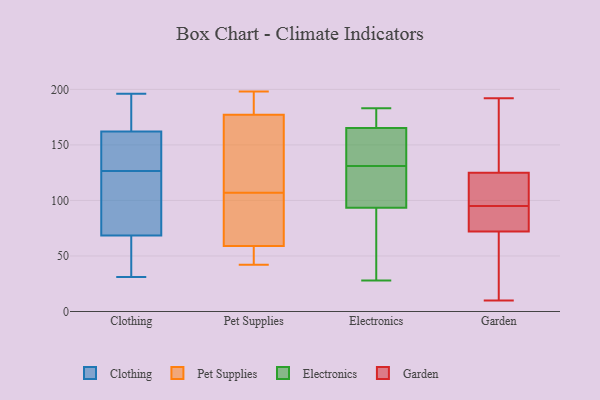
{"axis": {"x": "Market Share (%)", "y": "Value"}, "legend": ["Clothing", "Electronics", "Garden", "Pet Supplies"], "data": [{"x": "", "y": 87, "type": "Clothing"}, {"x": "", "y": 124, "type": "Clothing"}, {"x": "", "y": 135, "type": "Clothing"}, {"x": "", "y": 129, "type": "Clothing"}, {"x": "", "y": 48, "type": "Clothing"}, {"x": "", "y": 185, "type": "Clothing"}, {"x": "", "y": 162, "type": "Clothing"}, {"x": "", "y": 50, "type": "Clothing"}, {"x": "", "y": 31, "type": "Clothing"}, {"x": "", "y": 196, "type": "Clothing"}, {"x": "", "y": 99, "type": "Clothing"}, {"x": "", "y": 162, "type": "Clothing"}, {"x": "", "y": 118, "type": "Pet Supplies"}, {"x": "", "y": 107, "type": "Pet Supplies"}, {"x": "", "y": 198, "type": "Pet Supplies"}, {"x": "", "y": 85, "type": "Pet Supplies"}, {"x": "", "y": 80, "type": "Pet Supplies"}, {"x": "", "y": 47, "type": "Pet Supplies"}, {"x": "", "y": 185, "type": "Pet Supplies"}, {"x": "", "y": 196, "type": "Pet Supplies"}, {"x": "", "y": 154, "type": "Pet Supplies"}, {"x": "", "y": 71, "type": "Pet Supplies"}, {"x": "", "y": 55, "type": "Pet Supplies"}, {"x": "", "y": 184, "type": "Pet Supplies"}, {"x": "", "y": 54, "type": "Pet Supplies"}, {"x": "", "y": 172, "type": "Pet Supplies"}, {"x": "", "y": 42, "type": "Pet Supplies"}, {"x": "", "y": 50, "type": "Pet Supplies"}, {"x": "", "y": 119, "type": "Pet Supplies"}, {"x": "", "y": 179, "type": "Pet Supplies"}, {"x": "", "y": 105, "type": "Pet Supplies"}, {"x": "", "y": 143, "type": "Electronics"}, {"x": "", "y": 176, "type": "Electronics"}, {"x": "", "y": 175, "type": "Electronics"}, {"x": "", "y": 183, "type": "Electronics"}, {"x": "", "y": 155, "type": "Electronics"}, {"x": "", "y": 29, "type": "Electronics"}, {"x": "", "y": 74, "type": "Electronics"}, {"x": "", "y": 159, "type": "Electronics"}, {"x": "", "y": 116, "type": "Electronics"}, {"x": "", "y": 125, "type": "Electronics"}, {"x": "", "y": 162, "type": "Electronics"}, {"x": "", "y": 28, "type": "Electronics"}, {"x": "", "y": 100, "type": "Electronics"}, {"x": "", "y": 71, "type": "Electronics"}, {"x": "", "y": 131, "type": "Electronics"}, {"x": "", "y": 116, "type": "Electronics"}, {"x": "", "y": 175, "type": "Electronics"}, {"x": "", "y": 79, "type": "Garden"}, {"x": "", "y": 14, "type": "Garden"}, {"x": "", "y": 154, "type": "Garden"}, {"x": "", "y": 142, "type": "Garden"}, {"x": "", "y": 33, "type": "Garden"}, {"x": "", "y": 10, "type": "Garden"}, {"x": "", "y": 72, "type": "Garden"}, {"x": "", "y": 192, "type": "Garden"}, {"x": "", "y": 99, "type": "Garden"}, {"x": "", "y": 91, "type": "Garden"}, {"x": "", "y": 124, "type": "Garden"}, {"x": "", "y": 81, "type": "Garden"}, {"x": "", "y": 125, "type": "Garden"}, {"x": "", "y": 125, "type": "Garden"}]}